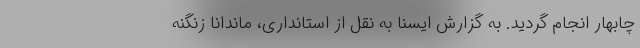
چابهار انجام گردید. به گزارش ایسنا به نقل از استانداری، ماندانا زنگنه